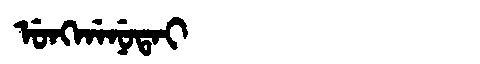
Manchu: ᡠᠩᡤᠠᠨᡠᡨᠠᡳ
Romanization: UNGGANUTAI